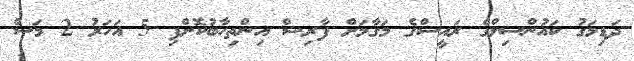
ދަޑިމަގު ކައުންސިލްގެ ރައީސްގެ މަގާމަށް ފާރިޝް އިންތިހާބުކޮށްފި 5 އަހަރު 2 މަސް